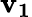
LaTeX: \mathbf{v_{1}}